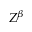
Z ^ { \beta }